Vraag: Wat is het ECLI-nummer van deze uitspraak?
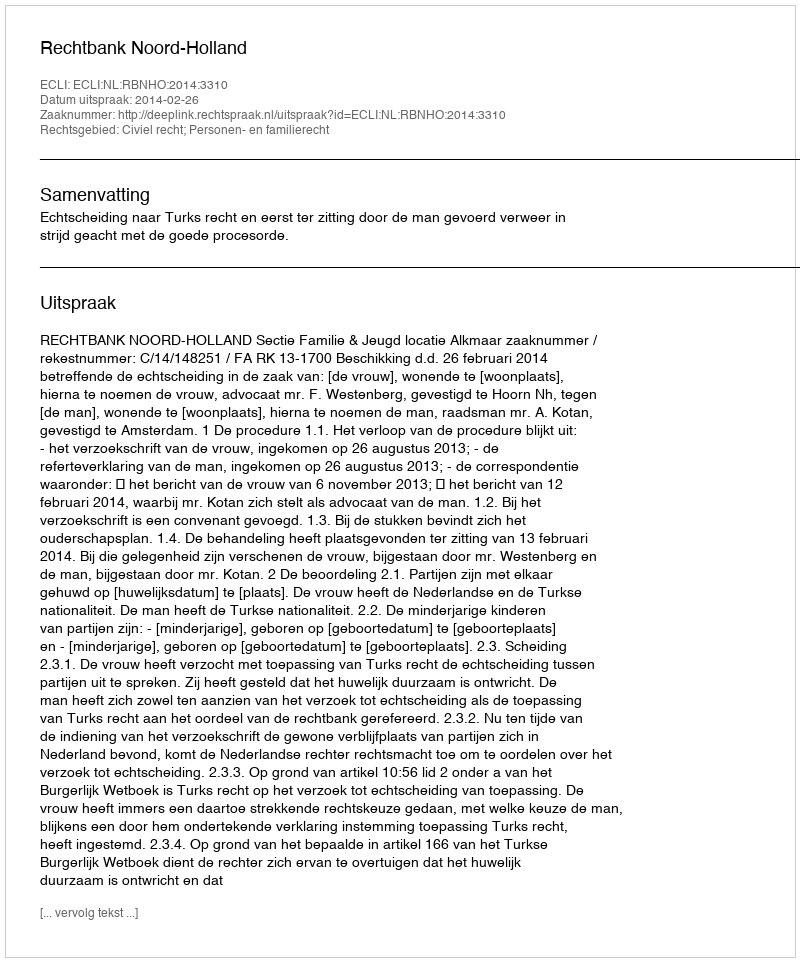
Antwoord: ECLI:NL:RBNHO:2014:3310